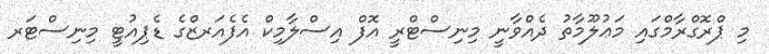
މި ޕްރޮގްރާމްގައި މަޢުލޫމާތު ދެއްވާނީ މިނިސްޓްރީ އޮފް އިސްލާމިކް އެފެއަރޒްގެ ޑެޕިއުޓީ މިނިސްޓަރ